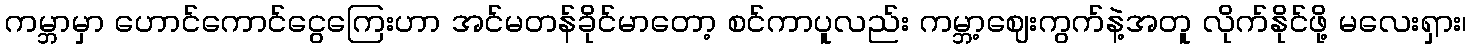
ကမ္ဘာမှာ ဟောင်ကောင်ငွေကြေးဟာ အင်မတန်ခိုင်မာတော့ စင်ကာပူလည်း ကမ္ဘာ့ဈေးကွက်နဲ့အတူ လိုက်နိုင်ဖို့ မလေးရှား၊